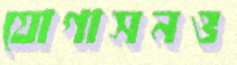
যোগাসনও